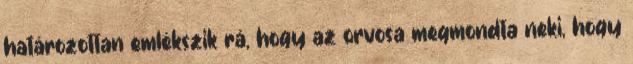
határozottan emlékszik rá, hogy az orvosa megmondta neki, hogy